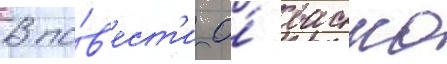
В по́в'ест'и о́ васко